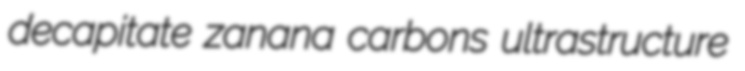
decapitate zanana carbons ultrastructure